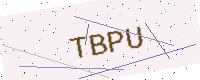
Text: TBPU